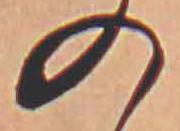
の